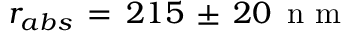
r _ { a b s } \, = \, 2 1 5 \, \pm \, 2 0 \, \mathrm { ~ n ~ m ~ }